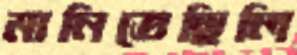
মানিতেছিলি